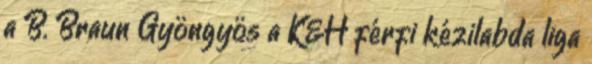
a B. Braun Gyöngyös a K&H férfi kézilabda liga